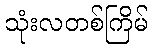
သုံးလတစ်ကြိမ်